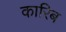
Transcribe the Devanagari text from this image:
कारिब